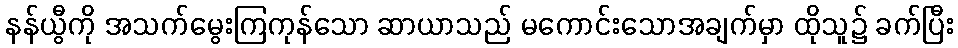
နန်ယွီကို အသက်မွေးကြကုန်သော ဆာယာသည် မကောင်းသောအချက်မှာ ထိုသူ၌ ခက်ပြီး